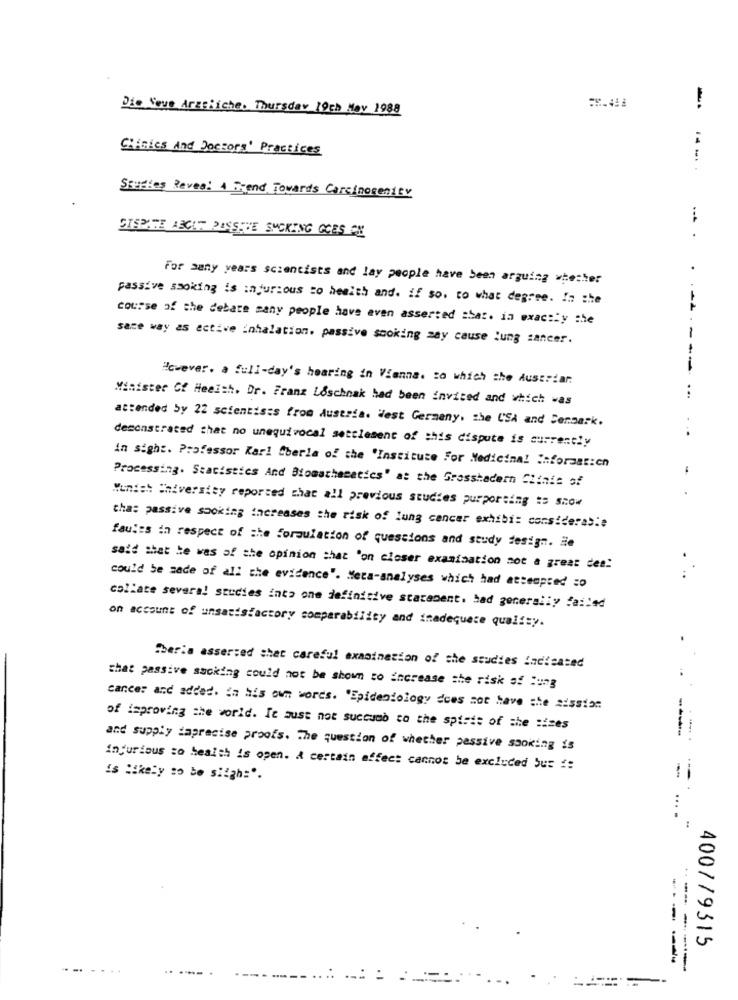
Die Neue Arzeliche. Thursday 19th May 1988
-
14
Clinics And Doctors' Practices
Studies Reves: 4 Trend Towards Carcinogenity
...
CISPATE ABCAT PASSIVE SUCKING GOES ON
For many years scientists and lay people have been arguing whether
passive smoking is injurious co health and. if so. to what degree. In the
course of the debare many people have even asserted :har. in exactly the
same way as ective inhalation. passive sooking may cause lung cancer.
- -
However. a full-day's hearing in Vienna. to which the Austriar.
Minister Of Health. Dr. Franz Loschnak had been invited and which was
...
attended by 22 scientists from Austria. West Germany, the USA and Denmark.
demonstrated that no unequivocal settlement of this dispute is currently
in sight. Professor Karl Sberla of the 'Institute For Medicinal information
Processing. Statistics And Biomathematics" at the Grosshadern Clinic of
Wunish University reported that all previous studies purporting :s Show
tha: passive sooking increases the risk of lung cancer exhibi: consideras:e
faules in respect of the formulation of questions and study design. Ee
said that he was of the opinion that 'on closer examination mot a great des!
could be made of all the evidence". Meta-analyses which had attempted zo
collate several studies into one definitive starament. bad generally failed
on account of unsatisfactory comparability and inadequate quality.
Cheria asserted that careful examination of the studies indicated
that passive sacking could not be shown to increase the risk of lung
cance: and added. in his own words. "Epidemiology does not have she aission.
of improving the world. It must not succumb to the spirit of the times
and supply japrecise proofs. The question of whether passive smoking is
Injurious so health is open. A certain affec: cannot be excluded Sur !:
is likely to be siigh=".
4007/9315
----
.... .
---- ---